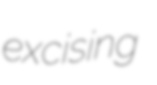
excising